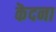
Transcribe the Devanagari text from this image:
कॆदना